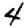
Digit: 4